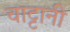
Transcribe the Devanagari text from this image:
चाट्टानी